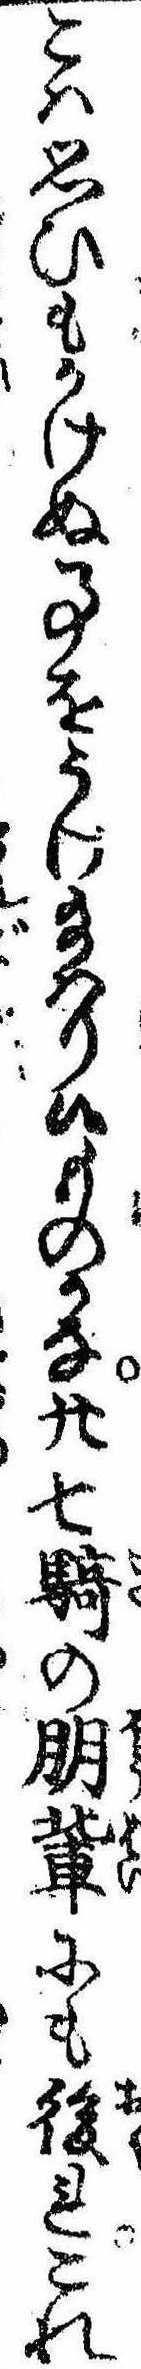
こは思ひもかけぬ事をうけ給はり候ものかな廿七騎の朋輩にも後れこれ